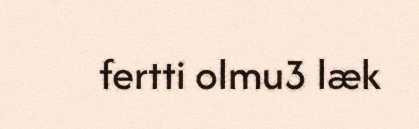
fertti olmu3 læk